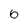
Character: 6